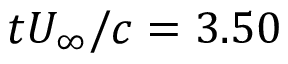
t U _ { \infty } / c = 3 . 5 0